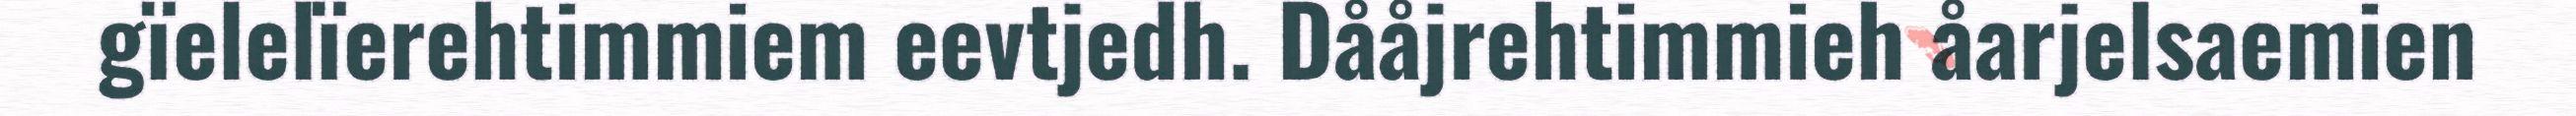
gïelelïerehtimmiem eevtjedh. Dååjrehtimmieh åarjelsaemien